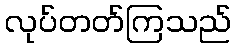
လုပ်တတ်ကြသည်